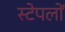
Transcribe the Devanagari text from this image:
स्टेपलों